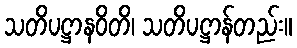
သတိပဋ္ဌာနဝိတိ၊ သတိပဋ္ဌာန်တည်း။